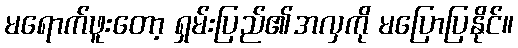
မရောက်ဖူးတော့ ရှမ်းပြည်၏အလှကို မပြောပြနိုင်။